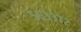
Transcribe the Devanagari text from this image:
५६३३७२